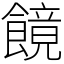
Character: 䭗